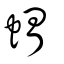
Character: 蝟